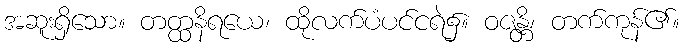
အဆူးရှိသော။ တတ္ထနိရယေ၊ ထိုလက်ပံပင်ငရဲ၌။ ဝဇန္တိ၊ တက်ကုန်၏။